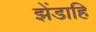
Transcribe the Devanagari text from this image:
झेंडाहि